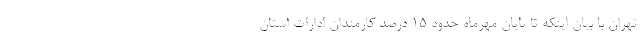
تهران با بیان اینکه تا پایان مهرماه حدود ۱۵ درصد کارمندان ادارات استان